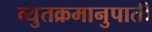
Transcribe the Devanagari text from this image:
व्युतक्रमानुपाती